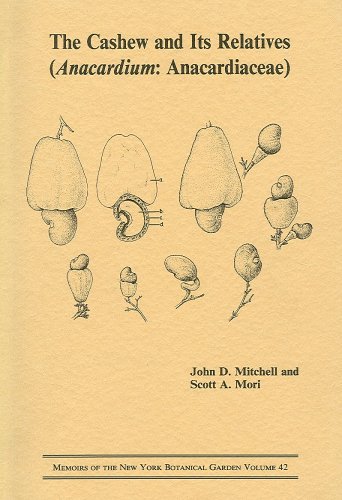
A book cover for The Cashew and Its Relatives (Anacardium : Aniacardiaceae)(Memoirs of The New York Botanical Garden. Vol. 42); John D. Mitchell; Science & Math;